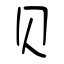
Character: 贝